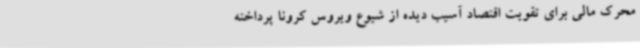
محرک مالی برای تقویت اقتصاد آسیب دیده از شیوع ویروس کرونا پرداخته